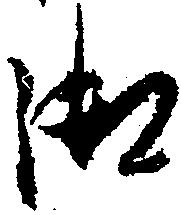
御